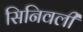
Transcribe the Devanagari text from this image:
सिनिवली